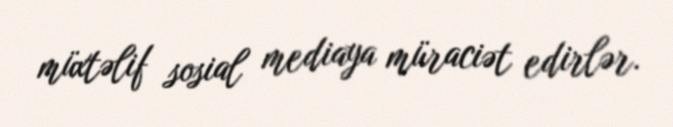
müxtəlif sosial mediaya müraciət edirlər.